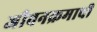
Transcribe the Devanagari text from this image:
जीवनक्रमाची